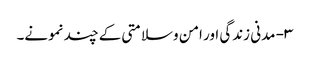
۳- مدنی زندگی اور امن وسلامتی کے چند نمونے۔